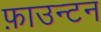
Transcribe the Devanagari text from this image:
फ़ाउन्टन